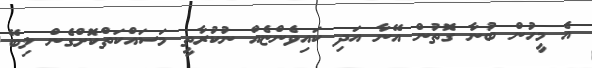
އެ މީހުން ބުނާ ގޮތުން އޭނާ އަދި ކައިވެންޏެއް ނުކުރާތީ މަސައްކަތްކޮށްގެން ލިބޭ